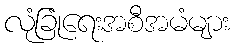
လုံခြုံရေးအစီအမံများ